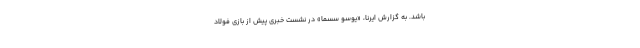
باشد. به گزارش ایرنا، «یوسو سسما» در نشست خبری پیش از بازی فولاد